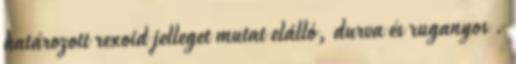
határozott rexoid jelleget mutat elálló, durva és ruganyos .